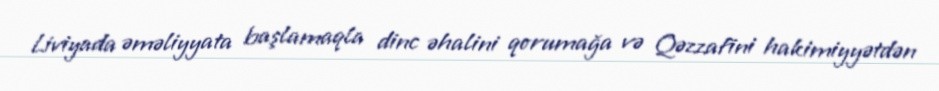
Liviyada əməliyyata başlamaqla dinc əhalini qorumağa və Qəzzafini hakimiyyətdən